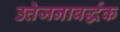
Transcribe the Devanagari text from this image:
उत्तेजनावर्द्धक